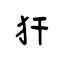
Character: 犴